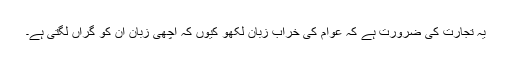
یہ تجارت کی ضرورت ہے کہ عوام کی خراب زبان لکھو کیوں کہ اچھی زبان ان کو گراں لگتی ہے۔